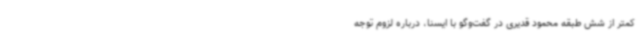
کمتر از شش طبقه محمود قدیری در گفت‌وگو با ایسنا، درباره لزوم توجه